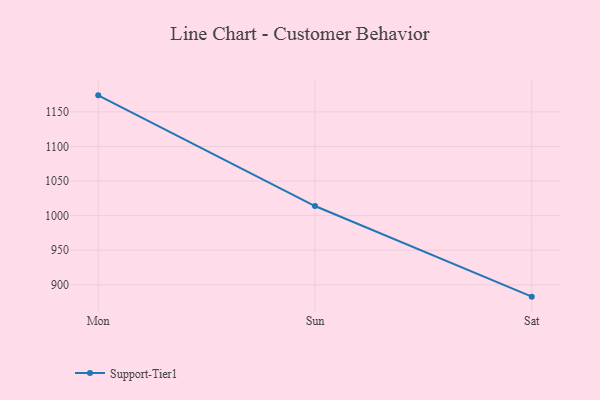
{"axis": {"x": "Day", "y": "Operating Costs (USD K)"}, "legend": ["Support-Tier1"], "data": [{"x": "Mon", "y": 1173.9, "type": "Support-Tier1"}, {"x": "Sun", "y": 1013.9, "type": "Support-Tier1"}, {"x": "Sat", "y": 882.9, "type": "Support-Tier1"}]}